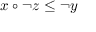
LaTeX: x \circ \lnot z \leq \lnot y